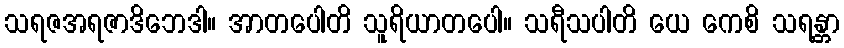
သရဇအရဇာဒိဘေဒါ။ အာတပေါတိ သူရိယာတပေါ။ သရီသပါတိ ယေ ကေစိ သရန္တာ